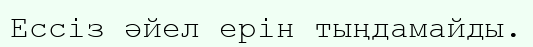
Ессіз әйел ерін тыңдамайды.